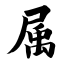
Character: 属